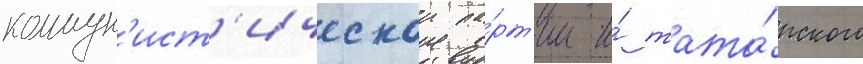
коммун'ист'ическои па́рт'ии и́ тата́рского